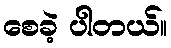
စေခဲ့ ပါတယ်။